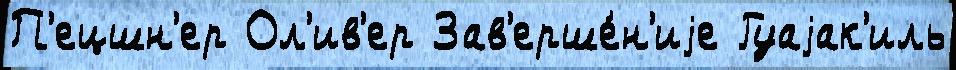
П'ецшн'ер Ол'ив'ер Зав'ерше́н'иjе Гуаjак'иль